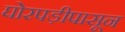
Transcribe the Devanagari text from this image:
घोरपड़ीपासून